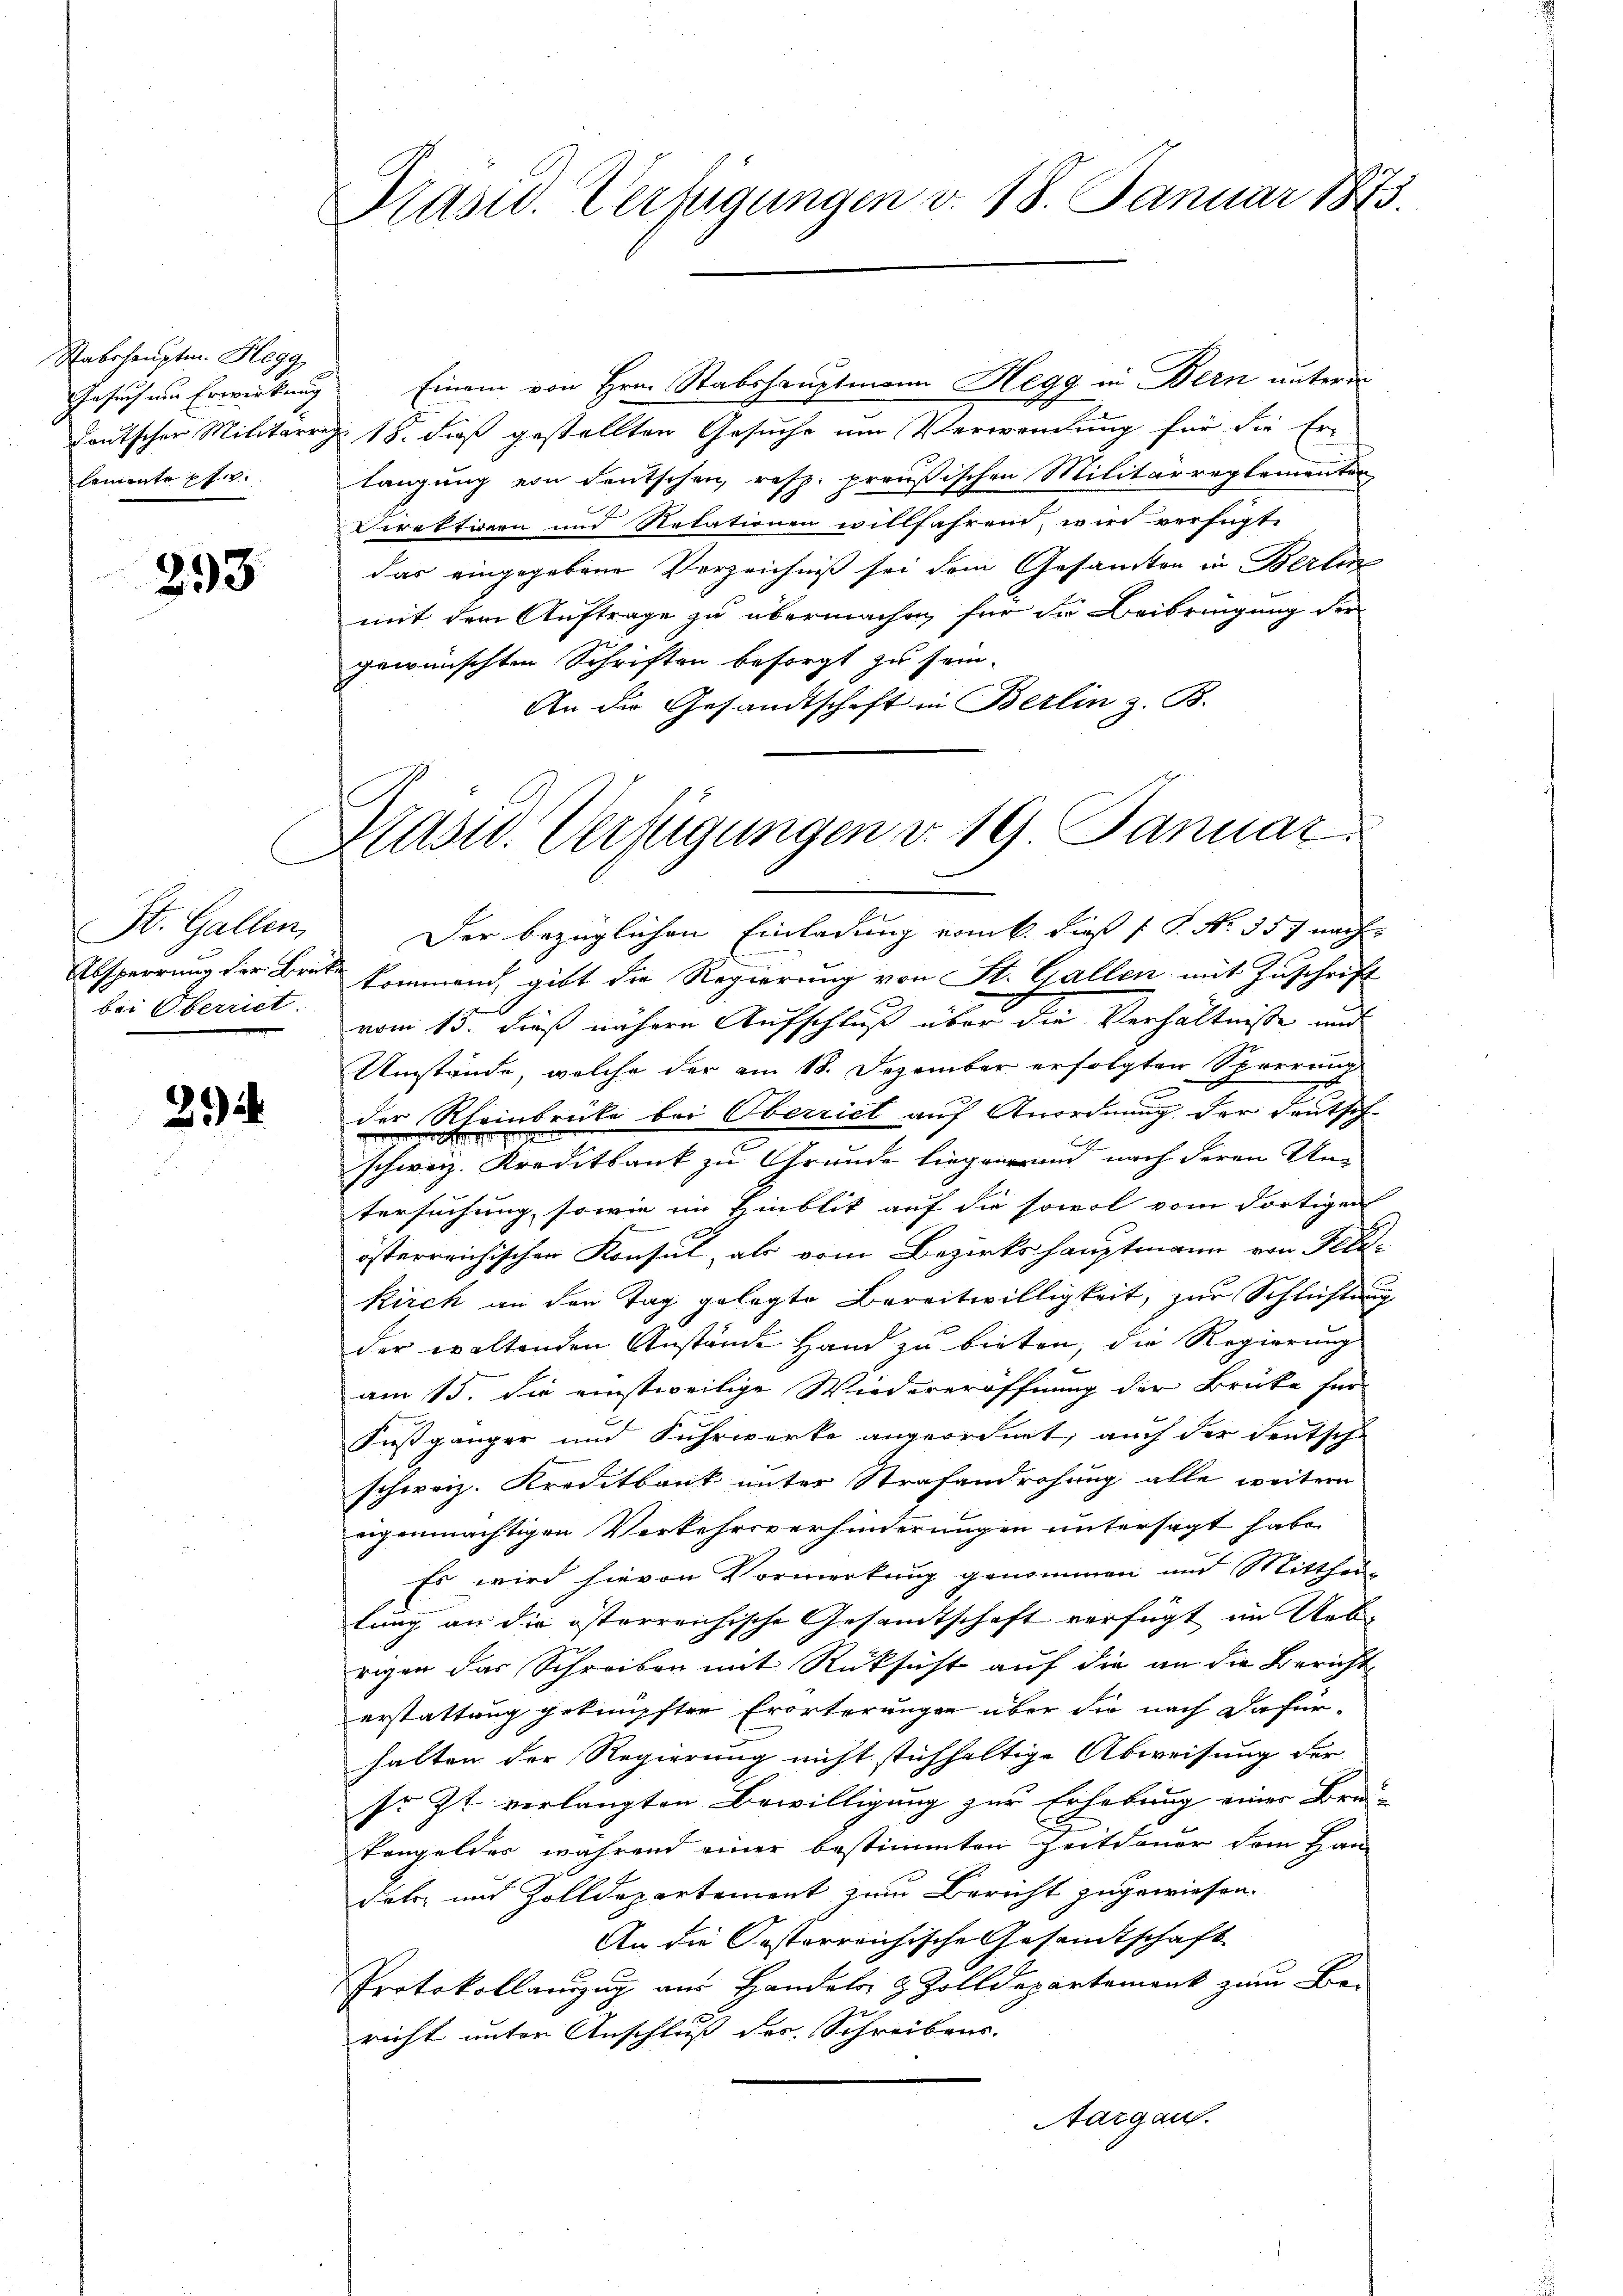
Stabshauptm. Hegg
lemente pf

293

St. Gallen,
bei Oberriet.

2

Präsid. Verfügungen v. 18. Januar 1873.

Präsid. Verfügungen v. 19 Januar.

Gesuch um Erwirkung Einem von Hrn. Stabshauptmann Hegg in Bern unterm
deutscher Militärris 18. dieß gestellten Gesuche um Verwandung für die Er-
langung von deutschen, resp. preußischen Militärreglementen
Direktionen und Relationen willfahrend, wird verfügt
das eingegebene Verzeichniß sei dem Gesamten in Berlin
mit dem Auftrage zu übermachen, für die Beibringung der
gewünschten Schriften besorgt zu sein.
An die Gesandtschaft in Berlin z. B.

Der bezüglichen Einladung vom k. dieß P. Nr. 357 nach
Absperrung der Brate kommend, gibt die Regierung von St. Gallen mit Zuschrift
vom 13. dieß nähere Aufschluß über die Verhältnisse und
Umstände, welche der am 18. Dezember erfolgten Sperrenz
der Rheinbrücke bei Oberriet auf Anordnung der Deutsch-
schweiz. Kreditbank zu Grunde liegen und nach deren Untersuchung, sowie im Hinblik auf die sowol vom dortigen
österreichischen Konsul, als vom Bezirkshauptmann von Feld-
kirch an den Tag gelegte Bereitwilligkeit, zur Schlichtung
der waltenden Anstände Hand zu bieten, die Regierung
am 15. Die einstweilige Wiedereröffnung der Brüke für
Fußgänger und Fuhrwerke angeordnet, auch der deutsch-
schweiz. Kreditbank unter Strafandrohung alle weitern
eigenmächtigen Verkehrsverhinderungen untersagt habe
Es wird hievon Vormerkung genommen und Mittheilung an die österreichische Gesamtschaft verfügt im Uebrigen das Schreiben mit Rücksicht auf die an die Bericht
erstattung geknüpfter Erörterungen über die nach dafür-
halten der Regierung nicht stichhaltige Abweisung der
so Zt verlangten Bewilligung zur Erhebung einer Bru-
tangelder während einer bestimmten Zeitdauer dem Han-
dats- und Zolldepartement zum Bericht zugewiesen.
An die Posterreichische Gesandtschaft
Protokollanzug aus Handels- & Zolldepartement zum Be-
richt unter Anschluß des Schreibens-
Aargau.